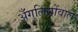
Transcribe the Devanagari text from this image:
अँगुलियोंवाले